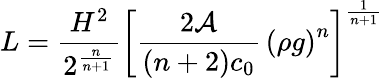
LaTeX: L=\frac{H^{2}}{2^{\frac{n}{n+1}}}\left[\frac{2{\cal A}}{(n+2)c_{0}}\, \left(\rho g\right)^{n}\right]^{\frac{1}{n+1}}